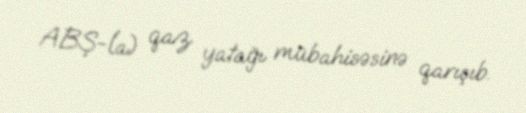
ABŞ-la) qaz yatağı mübahisəsinə qarışıb.